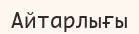
Айтарлығы